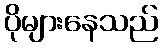
ပိုများနေသည်